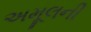
અમૂલની